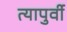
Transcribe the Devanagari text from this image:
त्यापुर्वी